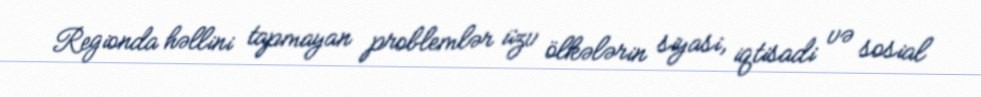
Regionda həllini tapmayan problemlər üzv ölkələrin siyasi, iqtisadi və sosial